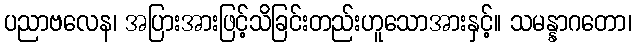
ပညာဗလေန၊ အပြားအားဖြင့်သိခြင်းတည်းဟူသောအားနှင့်။ သမန္နာဂတော၊